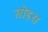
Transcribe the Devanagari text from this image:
नोइस